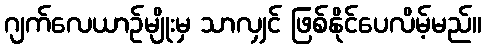
ဂျက်လေယာဉ်မျိုးမှ သာလျှင် ဖြစ်နိုင်ပေလိမ့်မည်။